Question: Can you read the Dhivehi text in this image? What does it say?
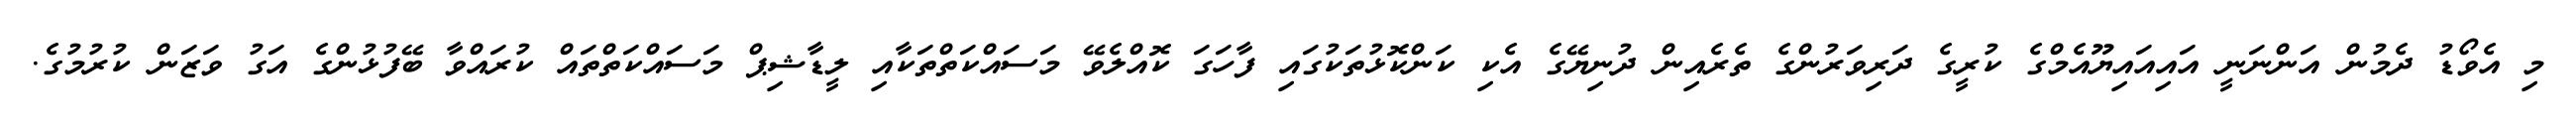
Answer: މި އެވޯޑު ދެމުން އަންނަނީ އައިއައިޔޫއެމްގެ ކުރީގެ ދަރިވަރުންގެ ތެރެއިން ދުނިޔޭގެ އެކި ކަންކޮޅުތަކުގައި ފާހަގަ ކޮއްލެވޭ މަސައްކަތްތަކާއި ލީޑާޝިޕް މަސައްކަތްތައް ކުރައްވާ ބޭފުޅުންގެ އަގު ވަޒަން ކުރުމުގެ.